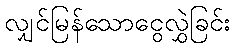
လျှင်မြန်သောငွေလွှဲခြင်း